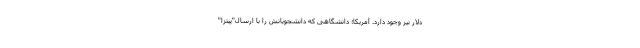
دلار نیز وجود دارد. آمریکا؛ دانشگاهی که دانشجویانش را با ارسال"پیتزا"